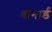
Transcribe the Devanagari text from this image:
बोनार्ड